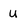
Character: u